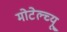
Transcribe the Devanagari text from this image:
मोटेल्च्यू